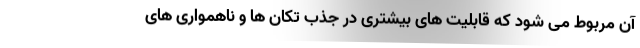
آن مربوط می شود که قابلیت های بیشتری در جذب تکان ها و ناهمواری های